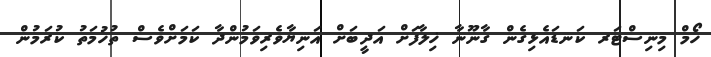
ހޯމް މިނިސްޓަރ ކަނޑައެޅިގެން ގާނޫނާ ޚިލާފަށް އަދީބަށް އަނިޔާވެރިވަމުންދާ ކަމަށްވެސް ތުހުމަތު ކުރަމުން